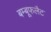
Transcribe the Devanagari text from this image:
बम्बूफलैट